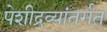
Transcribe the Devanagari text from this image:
पेशीद्रव्यांतर्गत